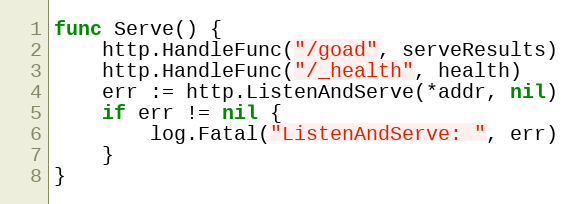
Language: Go
func Serve() {
	http.HandleFunc("/goad", serveResults)
	http.HandleFunc("/_health", health)
	err := http.ListenAndServe(*addr, nil)
	if err != nil {
		log.Fatal("ListenAndServe: ", err)
	}
}